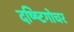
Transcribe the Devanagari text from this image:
दष्ष्टिगोचर